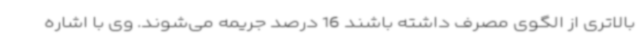
بالاتری از الگوی مصرف داشته باشند 16 درصد جریمه می‌شوند. وی با اشاره